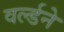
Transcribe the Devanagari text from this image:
वर्ल्डने